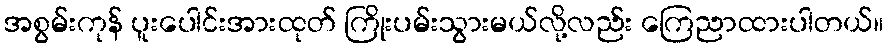
အစွမ်းကုန် ပူးပေါင်းအားထုတ် ကြိုးပမ်းသွားမယ်လို့လည်း ကြေညာထားပါတယ်။